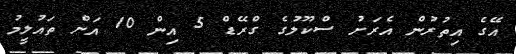
އޭގެ އިތުރުން އެރަށު ސްކޫލުގެ ގްރޭޑް 5 އިން 10 އަށް ތައުލީމު